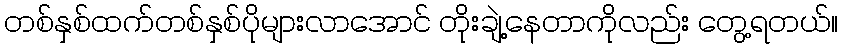
တစ်နှစ်ထက်တစ်နှစ်ပိုများလာအောင် တိုးချဲ့နေတာကိုလည်း တွေ့ရတယ်။